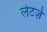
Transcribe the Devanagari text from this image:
लेटर्ज़